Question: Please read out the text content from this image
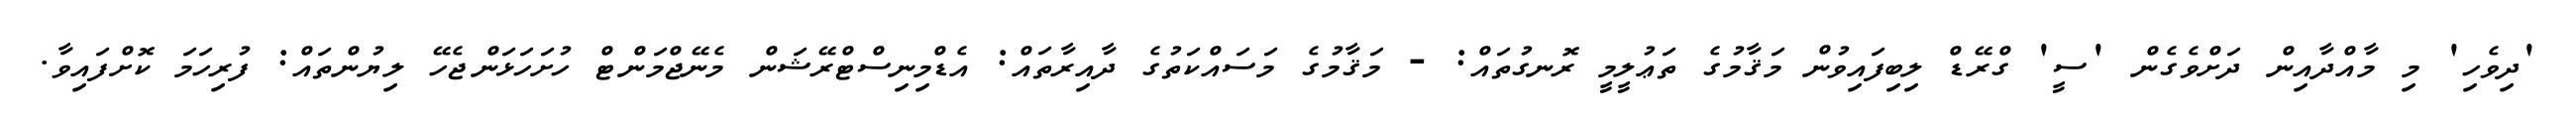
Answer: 'ދިވެހި' މި މާއްދާއިން ދަށްވެގެން 'ސީ' ގްރޭޑް ލިބިފައިވުން މަޤާމުގެ ތަޢުލީމީ ރޮނގުތައް: - މަޤާމުގެ މަސައްކަތުގެ ދާއިރާތައް: އެޑްމިނިސްޓްރޭޝަން މެނޭޖްމަންޓް ހުށަހަޅަންޖެހޭ ލިޔުންތައް: ފުރިހަމަ ކޮށްފައިވާ.